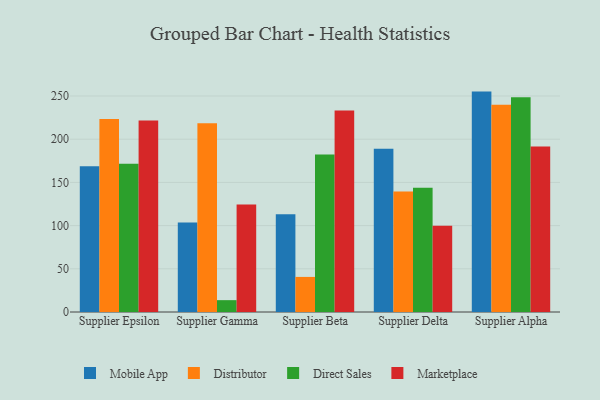
{"axis": {"x": "Supplier", "y": "Waste Production (Tons)"}, "legend": ["Direct Sales", "Distributor", "Marketplace", "Mobile App"], "data": [{"x": "Supplier Epsilon", "y": 168.8, "type": "Mobile App"}, {"x": "Supplier Epsilon", "y": 223.4, "type": "Distributor"}, {"x": "Supplier Epsilon", "y": 171.5, "type": "Direct Sales"}, {"x": "Supplier Epsilon", "y": 221.6, "type": "Marketplace"}, {"x": "Supplier Gamma", "y": 103.6, "type": "Mobile App"}, {"x": "Supplier Gamma", "y": 218.6, "type": "Distributor"}, {"x": "Supplier Gamma", "y": 13.7, "type": "Direct Sales"}, {"x": "Supplier Gamma", "y": 124.3, "type": "Marketplace"}, {"x": "Supplier Beta", "y": 113.2, "type": "Mobile App"}, {"x": "Supplier Beta", "y": 40.6, "type": "Distributor"}, {"x": "Supplier Beta", "y": 182.2, "type": "Direct Sales"}, {"x": "Supplier Beta", "y": 233.3, "type": "Marketplace"}, {"x": "Supplier Delta", "y": 189.0, "type": "Mobile App"}, {"x": "Supplier Delta", "y": 139.6, "type": "Distributor"}, {"x": "Supplier Delta", "y": 143.7, "type": "Direct Sales"}, {"x": "Supplier Delta", "y": 99.8, "type": "Marketplace"}, {"x": "Supplier Alpha", "y": 255.1, "type": "Mobile App"}, {"x": "Supplier Alpha", "y": 240.0, "type": "Distributor"}, {"x": "Supplier Alpha", "y": 248.7, "type": "Direct Sales"}, {"x": "Supplier Alpha", "y": 191.6, "type": "Marketplace"}]}